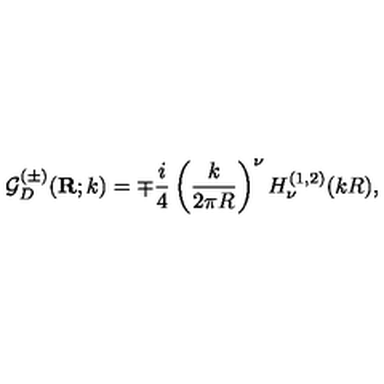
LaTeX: { \mathcal G } _ { { D } } ^ { ( \pm ) } ( { \bf R } ; k ) = \mp \frac { i } { 4 } \left( \frac { k } { 2 \pi R } \right) ^ { \nu } H _ { \nu } ^ { ( 1 , 2 ) } ( k R ) ,